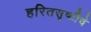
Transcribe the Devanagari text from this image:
हरितसृष्टीचे